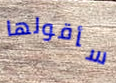
سأقولها